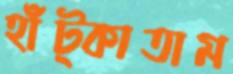
হাঁট্‌কাতাম